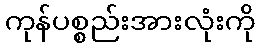
ကုန်ပစ္စည်းအားလုံးကို